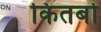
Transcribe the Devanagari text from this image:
कितबो